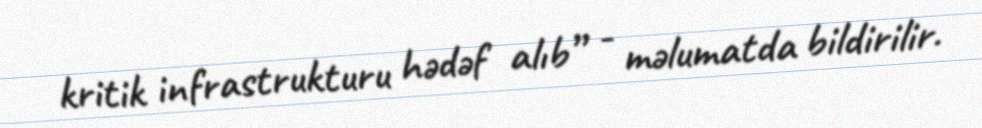
kritik infrastrukturu hədəf alıb” - məlumatda bildirilir.